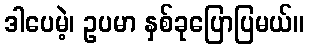
ဒါပေမဲ့၊ ဥပမာ နှစ်ခုပြောပြမယ်။